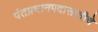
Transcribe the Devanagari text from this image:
पंतप्रधानपदासाठीचे